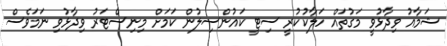
ޝަމާއު ވިދާޅުވީ މަގުތައް ހަލާކުކުރީ ސިޓީ ކައުންސިލުން ކަމަށް މިނިސްޓަރު ވިދާޅުވި ނަމަވެސް